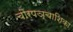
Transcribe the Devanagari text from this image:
चौरपञ्चाशिका